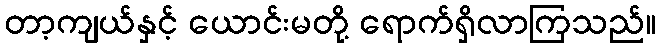
တာ့ကျယ်နှင့် ယောင်းမတို့ ရောက်ရှိလာကြသည်။